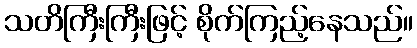
သတိကြီးကြီးဖြင့် စိုက်ကြည့်နေသည်။